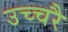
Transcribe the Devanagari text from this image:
उच्‍चरै